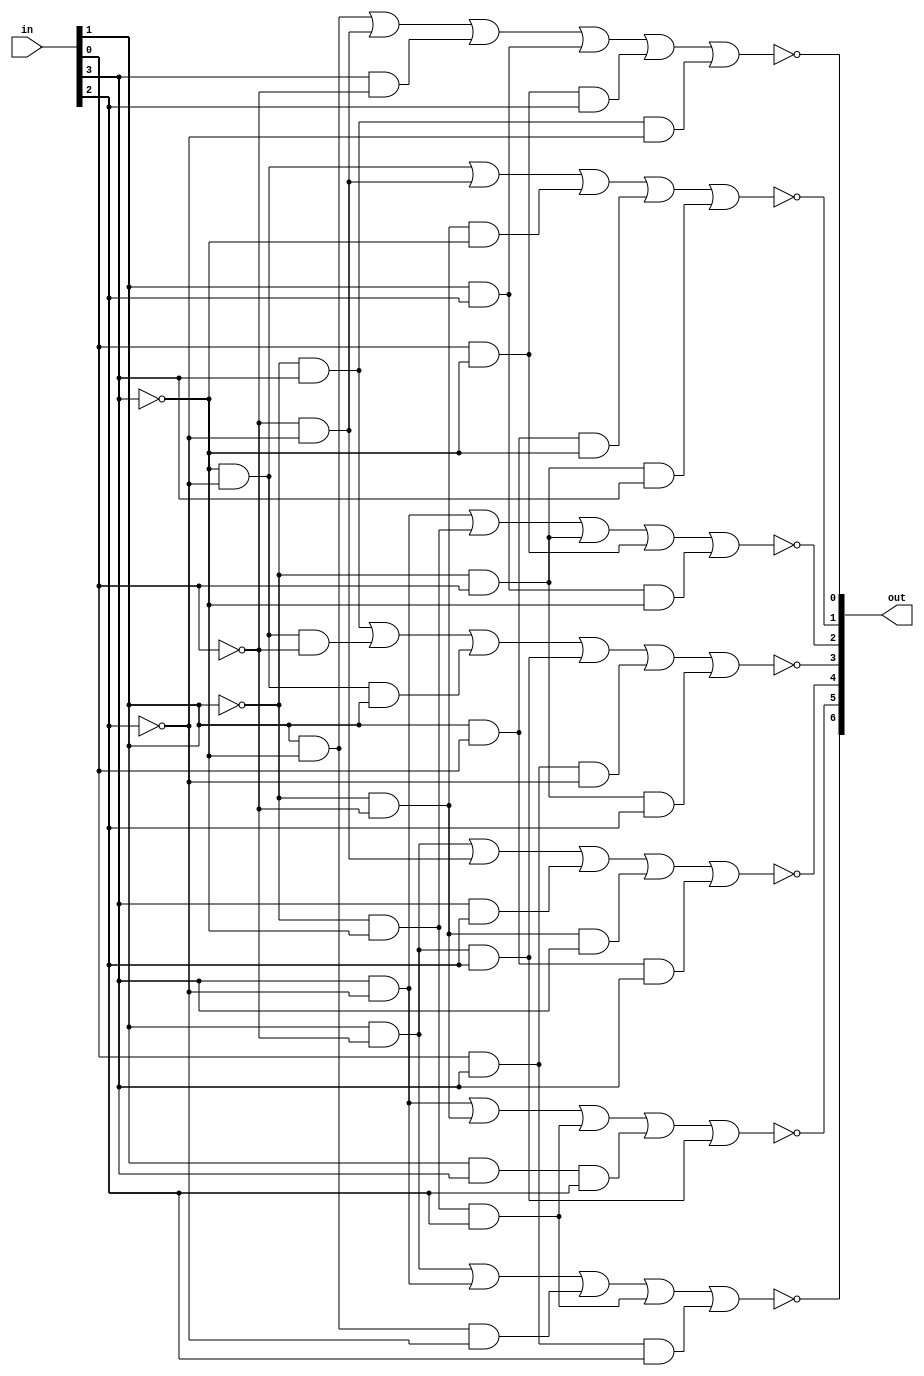
module hexDecode (
	input [3:0] in ,
	output [6:0] out);

	//equation 0 , for segment 0 etc.
	assign out[0] = ~((in[1]&(~in[3]))|((~in[0])&(~in[2]))|(in[3]&(~in[0]))|(in[1]&in[2])|(in[0]&(~in[3])&in[2])|((~in[1])&in[3]&(~in[2])));
	assign out[1] = ~(((~in[3])&(~in[2]))|((~in[0])&(~in[2]))|((~in[1])&(~in[0])&(~in[3]))|(in[1]&in[0]&(~in[3]))|((~in[1])&in[0]&in[3]));
	assign out[2] = ~((in[3]&(~in[2]))|((~in[1])&(~in[3]))|((~in[1])&in[0])|(in[0]&(~in[3]))|(in[1]&in[2]&(~in[3])));
	assign out[3] = ~(((~in[1])&in[3])|((~in[3])&(~in[2])&(~in[0]))|((~in[3])&(~in[2])&in[1])|(in[1]&(~in[0])&in[2])|(in[0]&in[3]&(~in[2]))|((~in[1])&in[0]&in[2]));
	assign out[4] = ~((in[1]&(~in[0]))|((~in[0])&(~in[2]))|(in[3]&in[2])|((~in[1])&(~in[0])&in[3])|(in[1]&in[0]&in[3]));
	assign out[5] = ~((in[3]&(~in[2]))|((~in[1])&(~in[0]))|((~in[1])&(~in[3])&in[2])|(in[1]&in[3]&in[2])|(in[1]&(~in[0])&in[2]));
	assign out[6] = ~((in[1]&(~in[0]))|(in[3]&(~in[2]))|(in[1]&(~in[3])&(~in[2]))|((~in[1])&(~in[3])&in[2])|(in[0]&in[3]&in[2]));
	

endmodule